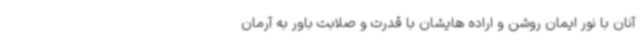
آنان با نور ایمان روشن و اراده هایشان با قدرت و صلابت باور به آرمان